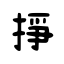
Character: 挣